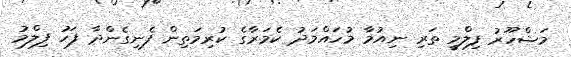
މަޝްހޫރު ފިލްމީ ތަރި ނިއުމާ މުހައްމަދު ކެމަރާގެ ކުރިމަތިން ފެނިގެންދާ ފަހު ފިލްމު